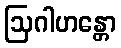
ဩဂါဟန္တော